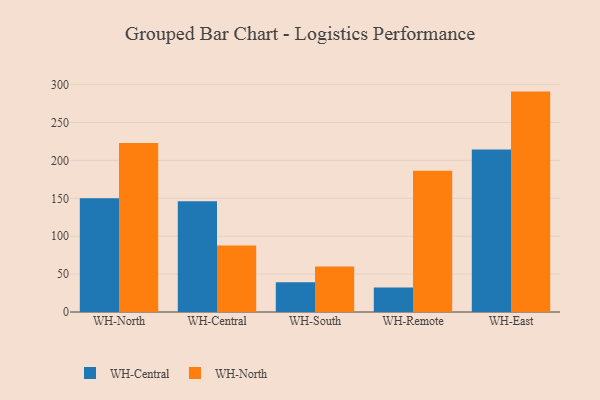
{"axis": {"x": "Warehouse", "y": "Production Output"}, "legend": ["WH-Central", "WH-North"], "data": [{"x": "WH-North", "y": 150.0, "type": "WH-Central"}, {"x": "WH-North", "y": 223.1, "type": "WH-North"}, {"x": "WH-Central", "y": 146.0, "type": "WH-Central"}, {"x": "WH-Central", "y": 87.9, "type": "WH-North"}, {"x": "WH-South", "y": 39.2, "type": "WH-Central"}, {"x": "WH-South", "y": 60.1, "type": "WH-North"}, {"x": "WH-Remote", "y": 32.3, "type": "WH-Central"}, {"x": "WH-Remote", "y": 186.4, "type": "WH-North"}, {"x": "WH-East", "y": 214.3, "type": "WH-Central"}, {"x": "WH-East", "y": 290.8, "type": "WH-North"}]}